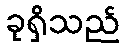
ခုရှိသည်